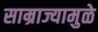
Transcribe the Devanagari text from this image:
साम्राज्यामुळे